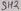
Text: SH2